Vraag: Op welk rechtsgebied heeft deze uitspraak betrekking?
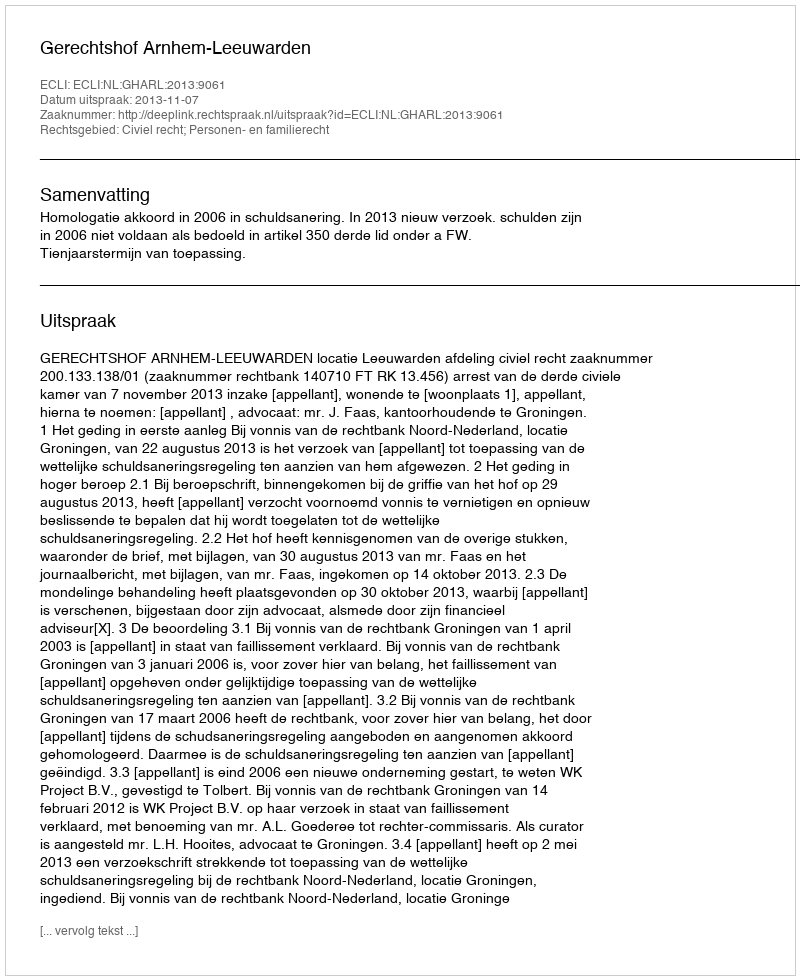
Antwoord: Civiel recht; Personen- en familierecht